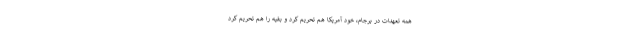
همه تعهدات در برجام، خود آمریکا هم تحریم کرد و بقیه را هم تحریم کرد